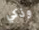
وذكي